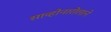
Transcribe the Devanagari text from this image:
साव्होनारोलाने